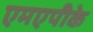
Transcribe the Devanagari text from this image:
एमएपीके